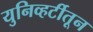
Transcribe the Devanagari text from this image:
युनिव्हर्टीतून